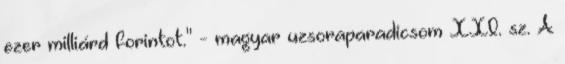
ezer milliárd forintot." - magyar uzsoraparadicsom XXI. sz. A